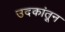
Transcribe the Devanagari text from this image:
उदकांतून